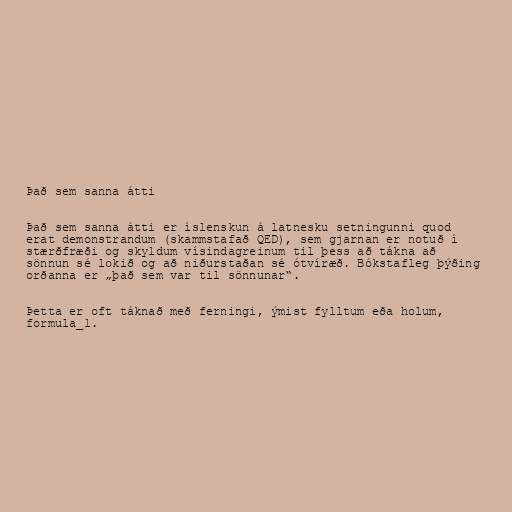
Það sem sanna átti

Það sem sanna átti er íslenskun á latnesku setningunni quod
erat demonstrandum (skammstafað QED), sem gjarnan er notuð í
stærðfræði og skyldum vísindagreinum til þess að tákna að
sönnun sé lokið og að niðurstaðan sé ótvíræð. Bókstafleg þýðing
orðanna er „það sem var til sönnunar“.

Þetta er oft táknað með ferningi, ýmist fylltum eða holum,
formula_1.